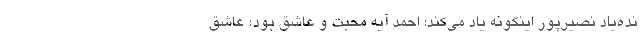
نده‌یاد نصیرپور اینگونه یاد می‌کند: احمد آیه محبت و عاشق بود؛ عاشق